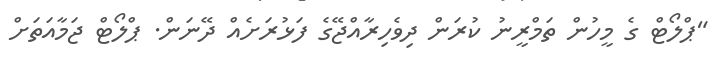
"ޕްލޯޓް ގެ މީހުން ތަމްރީނު ކުރަން ދިވެހިރާއްޖޭގެ ފަޅުރަށެއް ދޭނަން. ޕްލޯޓް ޖަމާއަތަށް